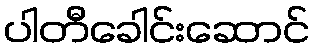
ပါတီခေါင်းဆောင်